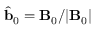
\hat { \mathbf { b } } _ { 0 } = \mathbf { B } _ { 0 } / | \mathbf { B } _ { 0 } |